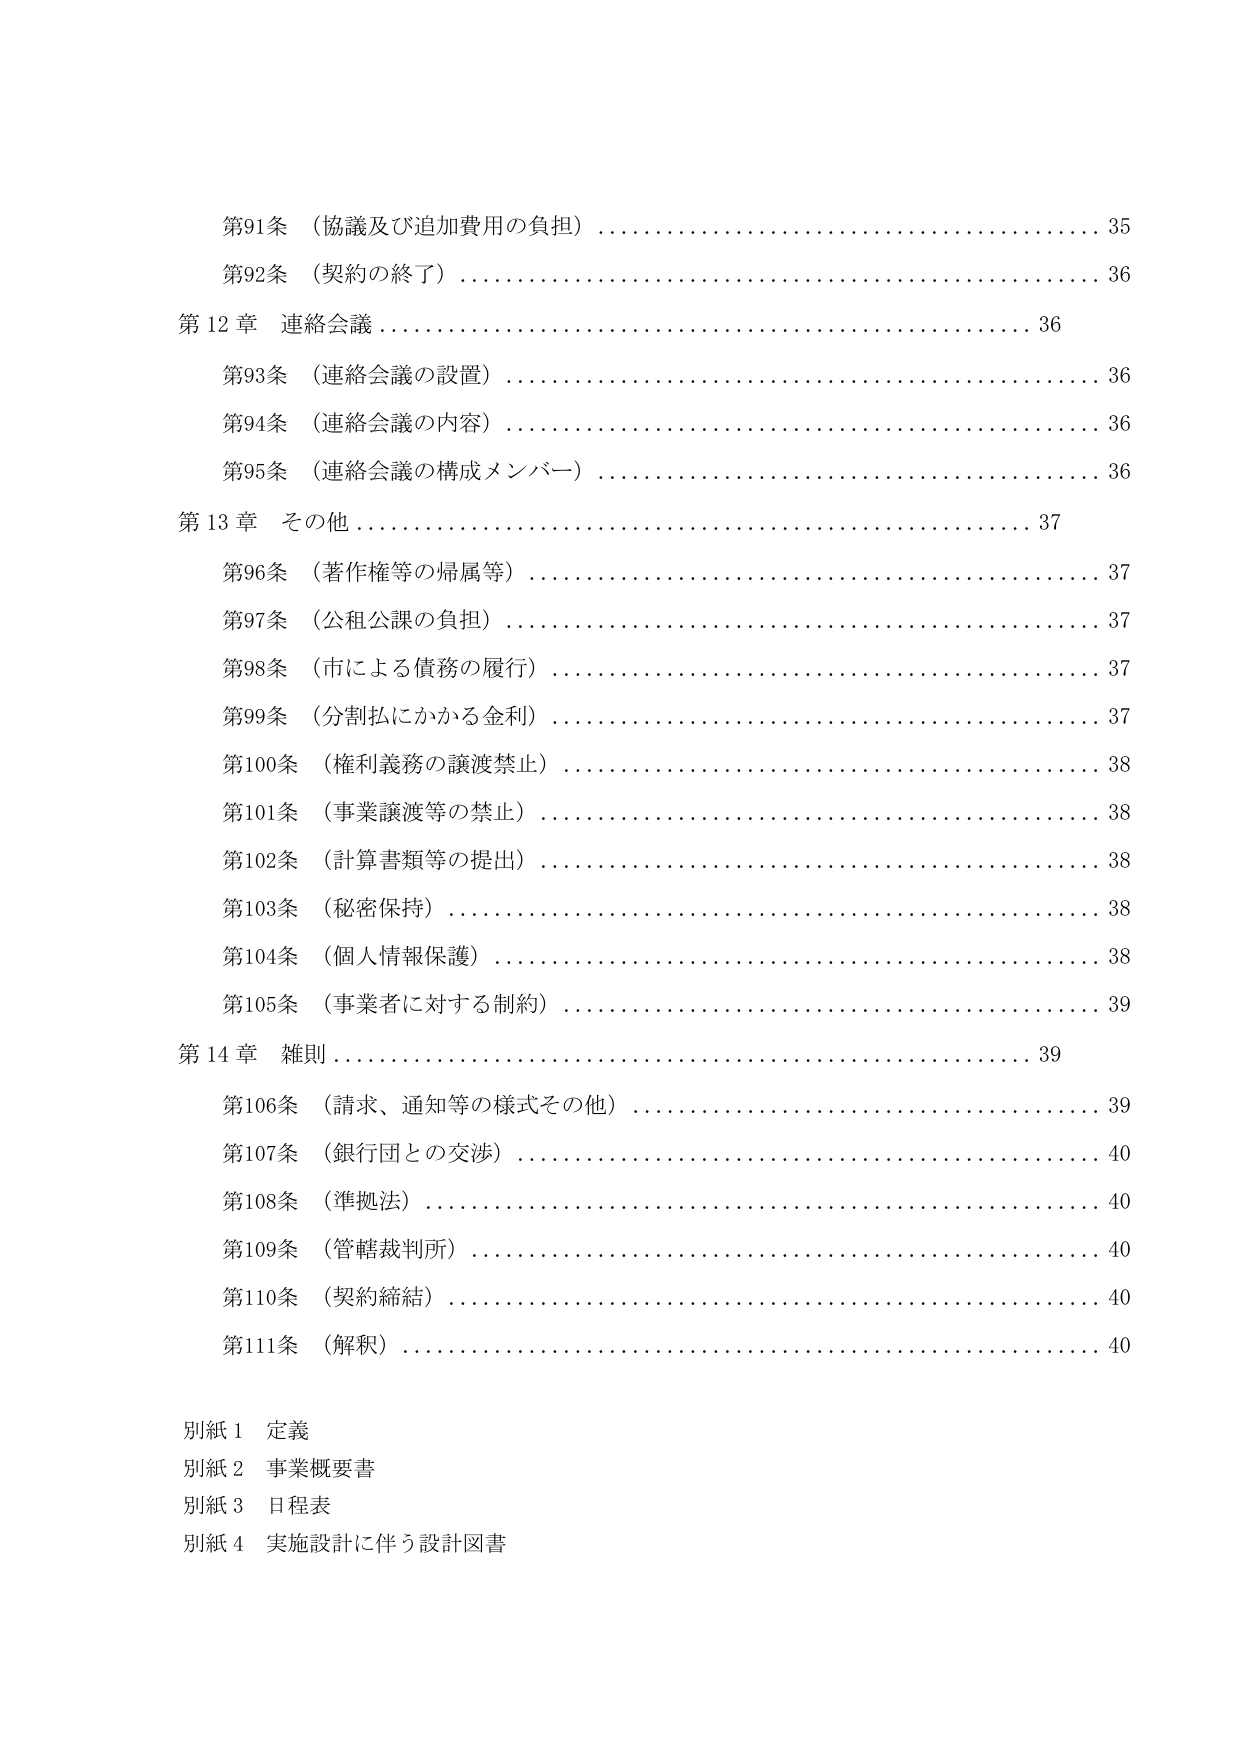
第91条（協議及び追加費用の負担）……………………………………35
第92条（契約の終了）……………………………………………………36
第12章 連絡会議…………………………………………………………36
第93条（連絡会議の設置）………………………………………………36
第94条（連絡会議の内容）………………………………………………36
第95条（連絡会議の構成メンバー）……………………………………36
第13章 その他……………………………………………………………37
第96条（著作権等の帰属等）……………………………………………37
第97条（公租公課の負担）………………………………………………37
第98条（市による債務の履行）…………………………………………37
第99条（分割払にかかる金利）…………………………………………37
第100条（権利義務の譲渡禁止）………………………………………38
第101条（事業譲渡等の禁止）…………………………………………38
第102条（計算書類等の提出）…………………………………………38
第103条（秘密保持）……………………………………………………38
第104条（個人情報保護）………………………………………………38
第105条（事業者に対する制約）………………………………………39
第14章 雑則……………………………………………………………39
第106条（請求、通知等の様式その他）………………………………39
第107条（銀行団との交渉）……………………………………………40
第108条（準拠法）………………………………………………………40
第109条（管轄裁判所）…………………………………………………40
第110条（契約締結）……………………………………………………40
第111条（解釈）…………………………………………………………40
別紙1 定義
別紙2 事業概要書
別紙3 日程表
別紙4 実施設計に伴う設計図書